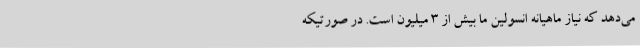
می‌دهد که نیاز ماهیانه انسولین ما بیش از ۳ میلیون است. در صورتیکه